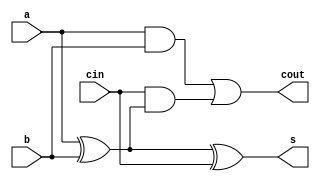
module FA(a,b,cin,cout,s);
    input a,b,cin;
    output cout,s;
    
    assign s = a ^ b ^ cin;
	assign cout = a & b | cin & (a ^ b);
endmodule